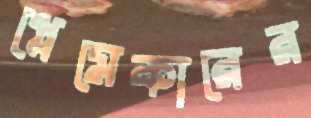
প্লেমেকারের